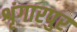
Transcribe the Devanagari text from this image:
शृंगारपुर